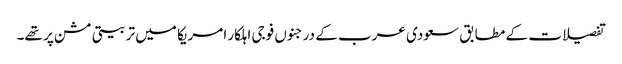
تفصیلات کے مطابق سعودی عرب کے درجنوں فوجی اہلکار امریکا میں تربیتی مشن پر تھے۔